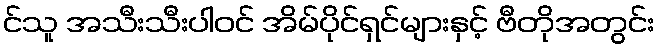
င်သူ အသီးသီးပါဝင် အိမ်ပိုင်ရှင်များနှင့် ဗီတိုအတွင်း